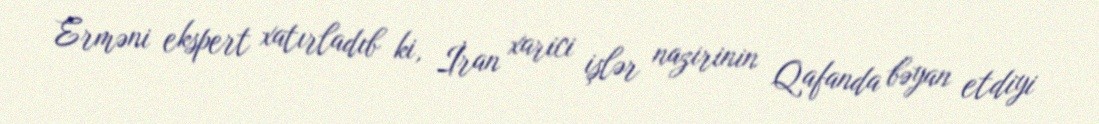
Erməni ekspert xatırladıb ki, İran xarici işlər nazirinin Qafanda bəyan etdiyi